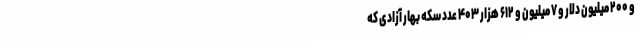
و ۲۰۰ میلیون دلار و ۷ میلیون و ۶۱۲ هزار ۴۰۳ عدد سکه بهار آزادی که